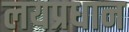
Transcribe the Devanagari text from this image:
लयप्रधान